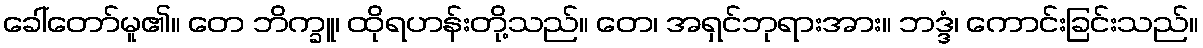
ခေါ်တော်မူ၏။ တေ ဘိက္ခူ၊ ထိုရဟန်းတို့သည်။ တေ၊ အရှင်ဘုရားအား။ ဘဒ္ဒံ၊ ကောင်းခြင်းသည်။